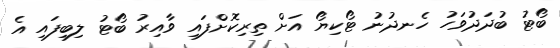
ބޯޓު ބުދަދުވަހު ހެނދުނު ޓޯކިޔޯ އަށް ތިރިކޮށްފައި ވާއިރު ބޯޓު ލިބިފައި އެ